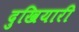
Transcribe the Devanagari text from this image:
दुखियारी